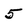
Character: 5